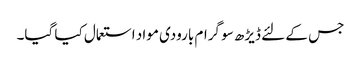
جس کے لئے ڈیڑھ سو گرام بارودی مواد استعمال کیا گیا۔